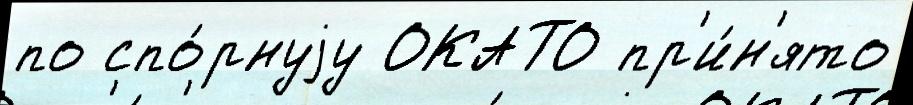
по спо́рнуjу ОКАТО пр'и́н'ято